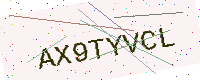
Text: AX9TYVCL